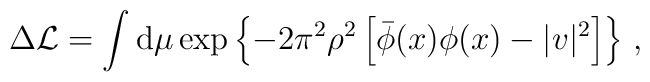
\Delta {\cal L}= \int {\rm d}\mu\exp\left\{-2\pi^2\rho^2\left[\bar\phi(x)\phi(x)-|v|^2\right]\right\}\,,